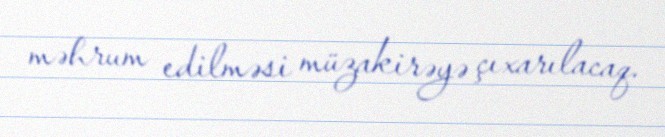
məhrum edilməsi müzakirəyə çıxarılacaq.